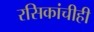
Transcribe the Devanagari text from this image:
रसिकांचीही